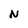
Character: N